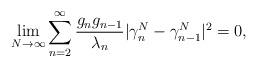
LaTeX: \begin{align*}{}\displaystyle\lim_{N\rightarrow\infty}\sum_{n=2}^{\infty}\frac{g_{n}g_{n-1}}{\lambda_{n}}|\gamma^{N}_{n}-\gamma^{N}_{n-1}|^{2}=0,\end{align*}